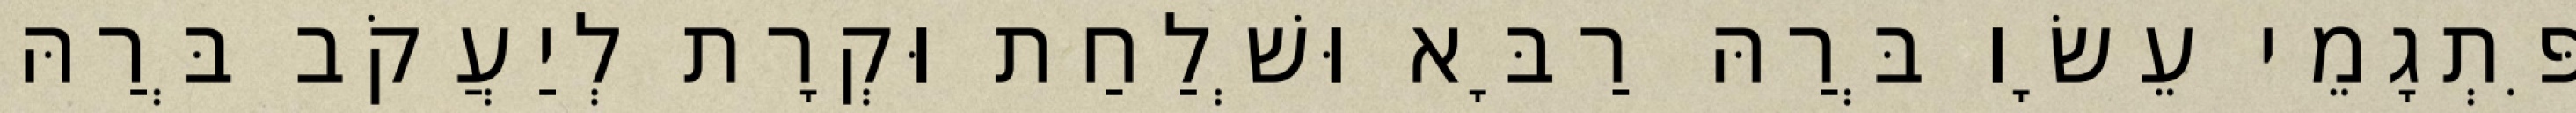
פִּתְגָמֵי עֵשָׂו בְּרַהּ רַבָּא וּשְׁלַחַת וּקְרָת לְיַעֲקֹב בְּרַהּ